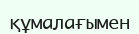
құмалағымен